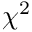
\chi ^ { 2 }